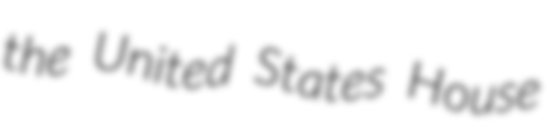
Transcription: the United States House